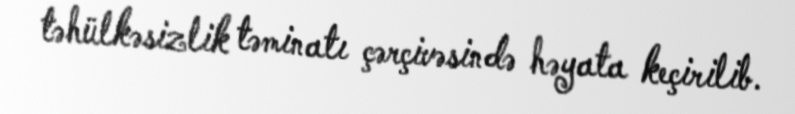
təhülkəsizlik təminatı çərçivəsində həyata keçirilib.